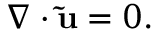
\boldsymbol \nabla \cdot \mathbf { \tilde { u } } = 0 .